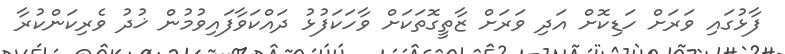
ފާޅުގައި ވަރަށް ހަޑިކޮށް އަދި ވަރަށް ޒާތީގޮތަކަށް ވާހަކަފުޅު ދައްކަވާފައިވުމުން ޚުދު ވެރިކަންކުރާ